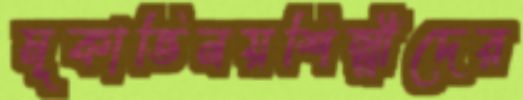
মূকাভিনয়শিল্পীদের